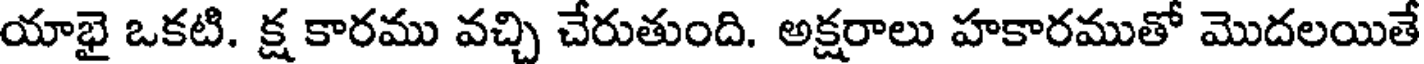
యాభై ఒకటి. క్ష కారము వచ్చి చేరుతుంది. అక్షరాలు హకారముతో మొదలయితే